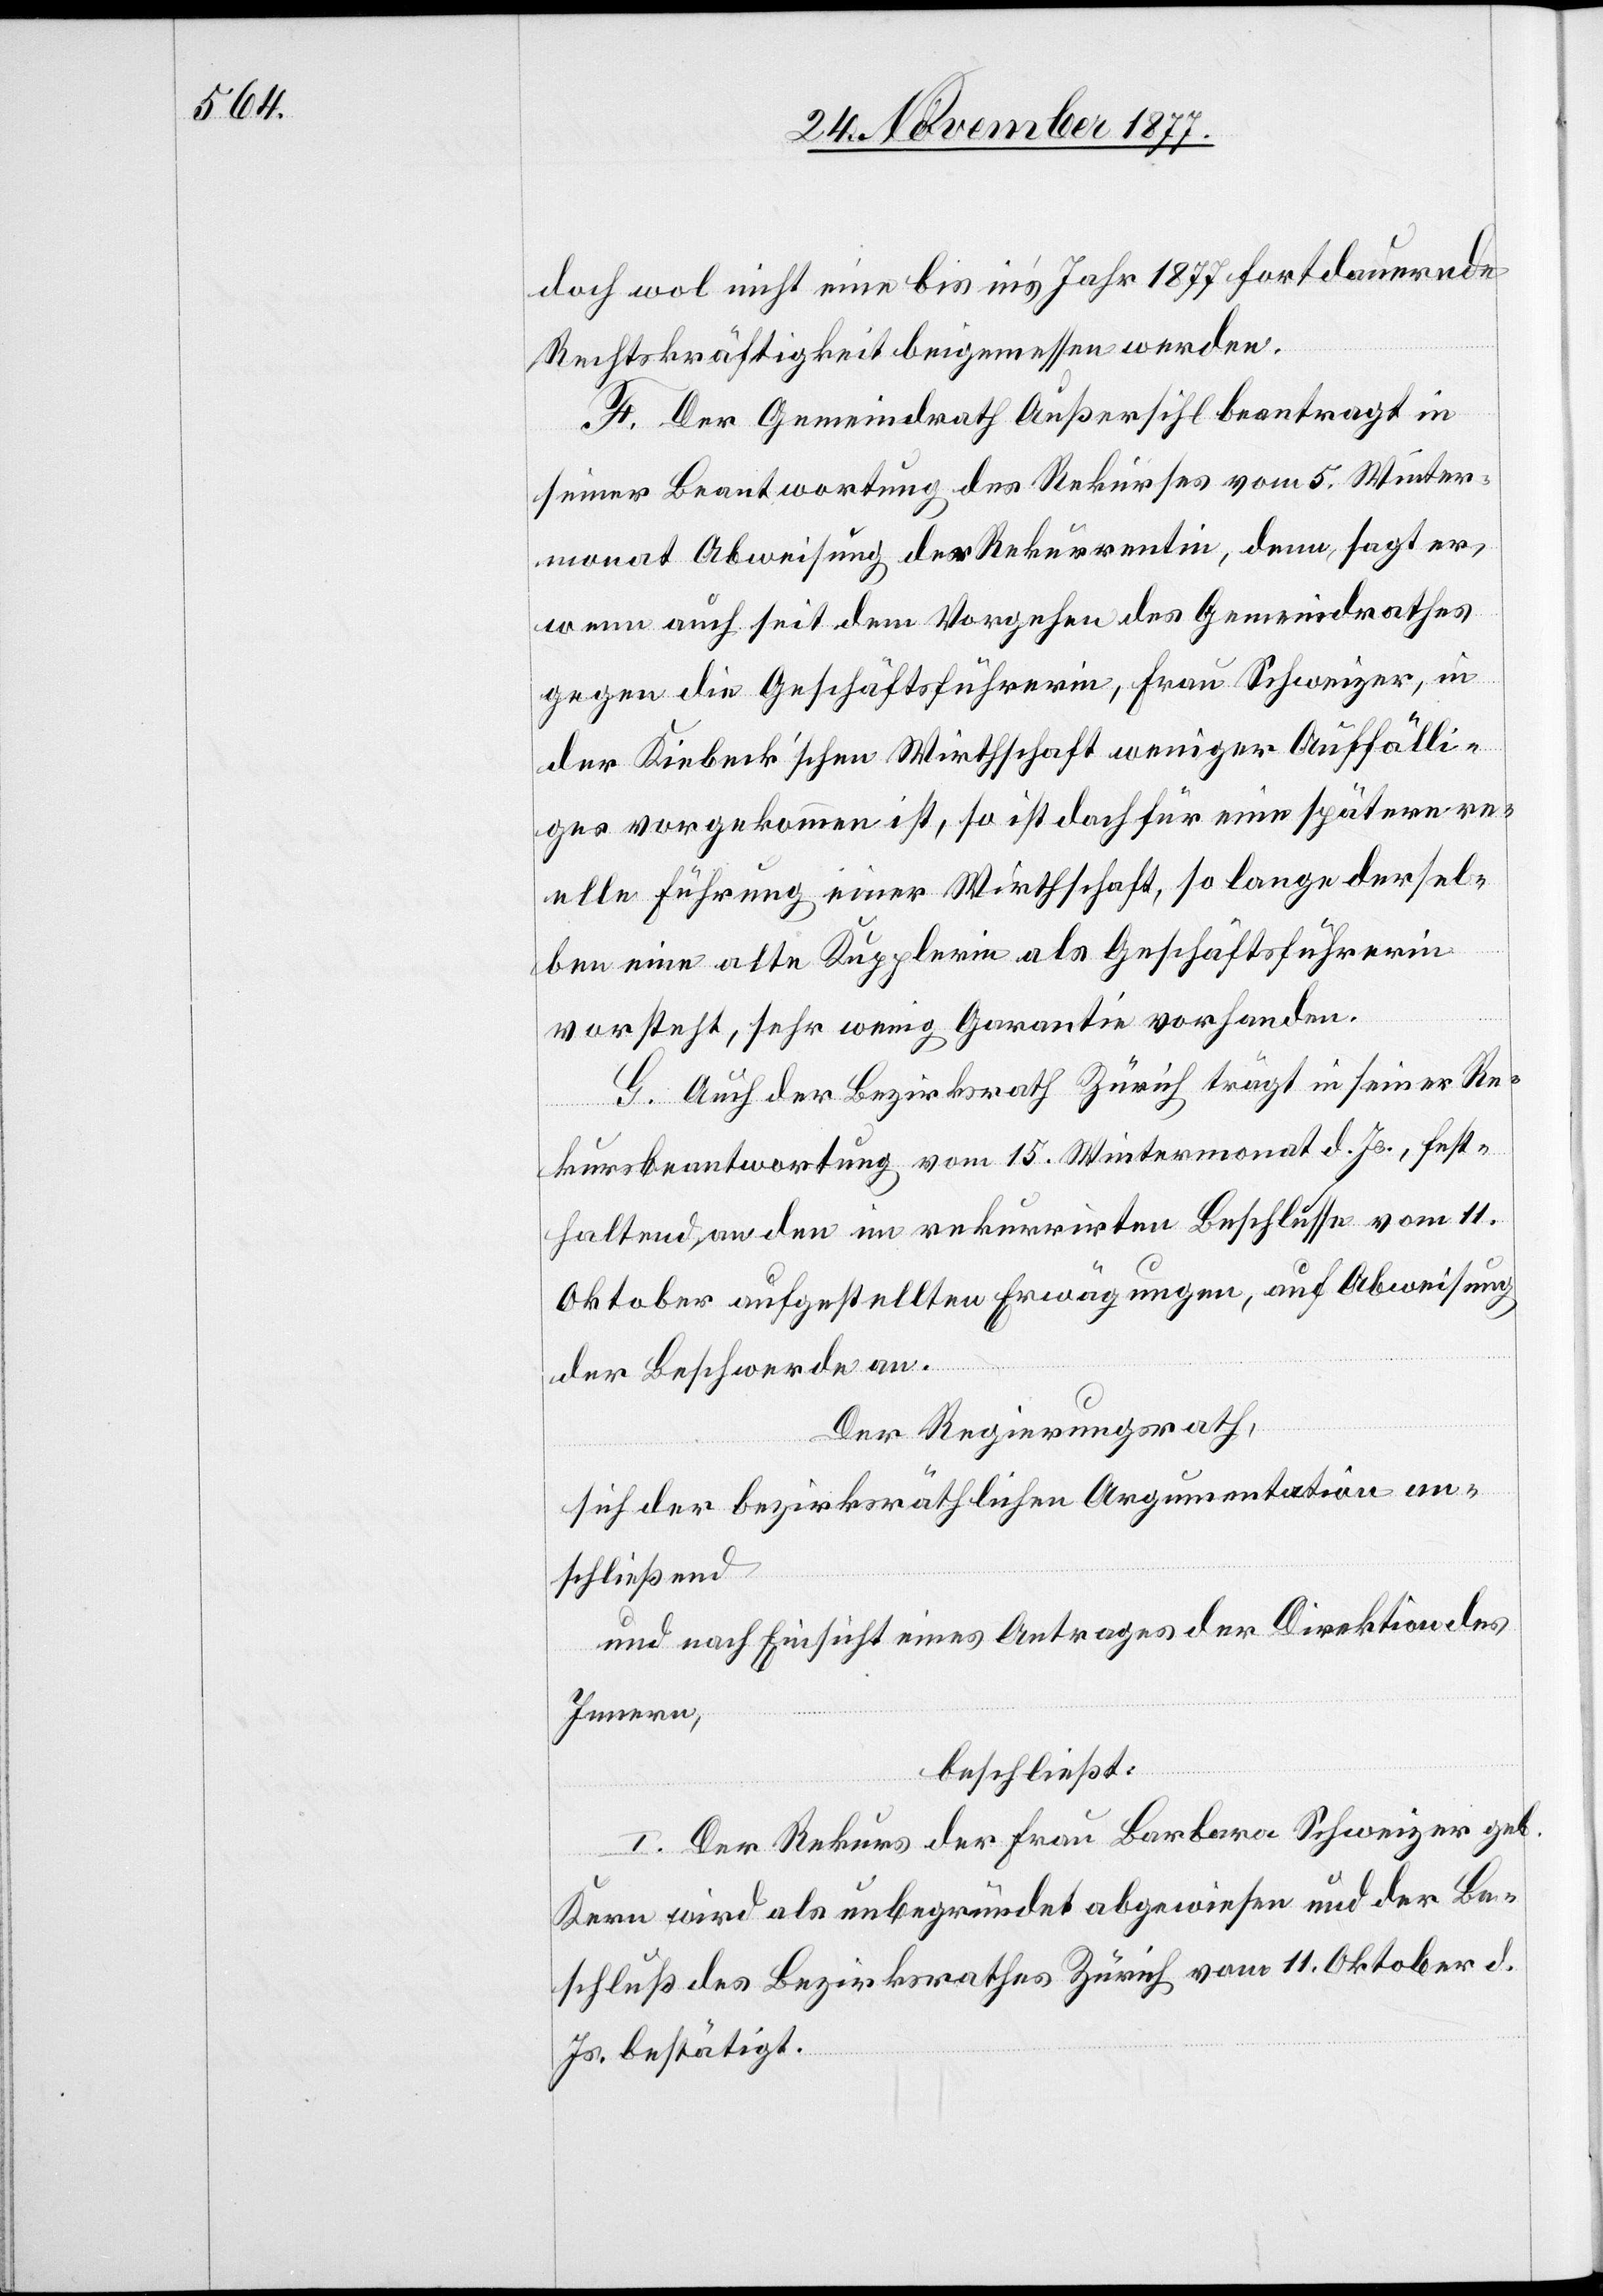
doch wol nicht eine bis in’s Jahr 1877 fortdauernde
Rechtskräftigkeit beigemessen werden.
F. Der Gemeindrath Außersihl beantragt in
seiner Beantwortung des Rekurses vom 5. Winter¬
monat Abweisung der Rekurrentin, denn, sagt er,
wenn auch seit dem Vorgehen des Gemeindrathes
gegen die Geschäftsführerin, Frau Schweizer, in
der Kiebeck’schen Wirthschaft weniger Auffälli¬
ges vorgekommen ist, so ist doch für eine spätere re¬
elle Führung einer Wirthschaft, so lange dersel¬
ben eine alte Kupplerin als Geschäftsführerin
vorstehe, sehr wenig Garantie vorhanden.
G. Auch der Bezirksrath Zürich trägt in seiner Re¬
kursbeantwortung vom 15. Wintermonat d. Js., fest¬
haltend an den im rekurrirten Beschlusse vom 11.
Oktober aufgestellten Erwägungen, auf Abweisung
der Beschwerde an.
Der Regierungsrath,
sich der bezirksräthlichen Argumentation an¬
schließend
und nach Einsicht eines Antrages der Direktion des
Innern,
beschließt:
I. Der Rekurs der Frau Barbara Schweizer geb.
Kern wird als unbegründet abgewiesen und der Be¬
schluß des Bezirksrathes Zürich vom 11. Oktober d.
Js. bestätigt.